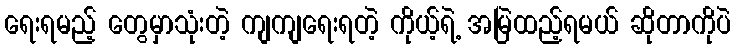
ရေးရမည့် တွေမှာသုံးတဲ့ ကျကျရေးရတဲ့ ကိုယ့်ရဲ့ အမြဲထည့်ရမယ် ဆိုတာကိုပဲ